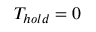
T _ { h o l d } = 0